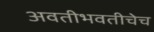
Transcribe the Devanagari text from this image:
अवतीभवतीचेच